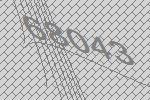
68043